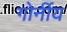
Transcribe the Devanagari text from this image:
गोर्नीय